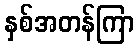
နှစ်အတန်ကြာ